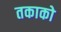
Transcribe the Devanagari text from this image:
तकाको